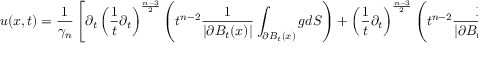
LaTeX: u ( x , t ) = { \frac { 1 } { \gamma _ { n } } } \left[ \partial _ { t } \left( { \frac { 1 } { t } } \partial _ { t } \right) ^ { \frac { n - 3 } { 2 } } \left( t ^ { n - 2 } { \frac { 1 } { | \partial B _ { t } ( x ) | } } \int _ { \partial B _ { t } ( x ) } g d S \right) + \left( { \frac { 1 } { t } } \partial _ { t } \right) ^ { \frac { n - 3 } { 2 } } \left( t ^ { n - 2 } { \frac { 1 } { | \partial B _ { t } ( x ) | } } \int _ { \partial B _ { t } ( x ) } h d S \right) \right]